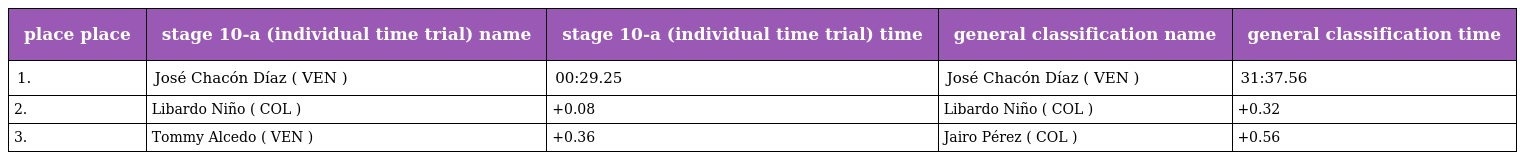
| place place | stage 10-a (individual time trial) name | stage 10-a (individual time trial) time | general classification name | general classification time |
 | --- | --- | --- | --- | --- |
 | 1. | José Chacón Díaz ( VEN ) | 00:29.25 | José Chacón Díaz ( VEN ) | 31:37.56 |
 | 2. | Libardo Niño ( COL ) | +0.08 | Libardo Niño ( COL ) | +0.32 |
 | 3. | Tommy Alcedo ( VEN ) | +0.36 | Jairo Pérez ( COL ) | +0.56 |